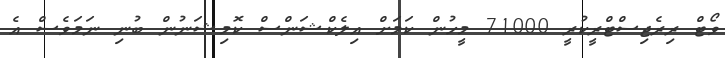
ވޯޓް ރިރެޖިސްޓްރީކުރީ 71000 މީހުން ކަމަށް އިލެކްޝަންސް ކޮމިޝަނުން ބުނި ނަމަވެސް އެ